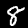
Digit: 8